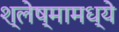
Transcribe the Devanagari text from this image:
श्लेष्मामध्ये